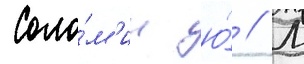
Соло́м'ин ю́ // М